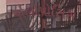
પોલીપોસિસ